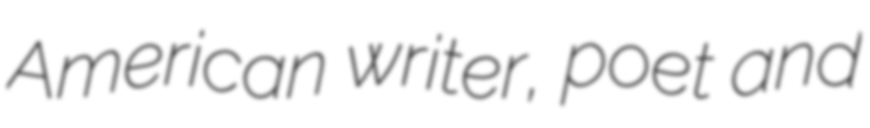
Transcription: American writer, poet and